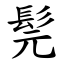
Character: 髨